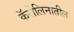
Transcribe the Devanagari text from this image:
कॅरोलिनातील